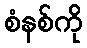
စံနစ်ကို